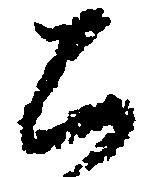
公